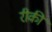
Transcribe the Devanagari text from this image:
रीकी